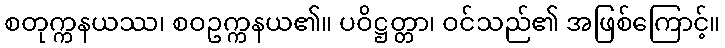
စတုက္ကနယဿ၊ စဝဥက္ကနယ၏။ ပဝိဋ္ဌတ္တာ၊ ဝင်သည်၏ အဖြစ်ကြောင့်။